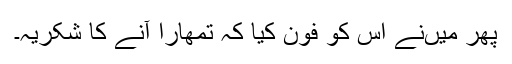
پھر میں‌نے اس کو فون کیا کہ تمھارا آنے کا شکریہ۔